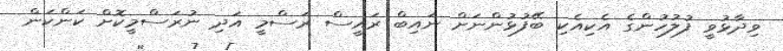
ވިދާޅުވީ ފުލުހުންގެ އެކިއެކި ބޭފުޅުންނަށް ނައިބް ރައީސް ރަސްމީ އަދި ނުރަސްމީކޮށް ކަންކަން